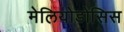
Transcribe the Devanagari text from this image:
मेलियोडोसिस